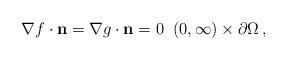
LaTeX: \begin{align*}\nabla f\cdot \mathbf{n} = \nabla g\cdot \mathbf{n} = 0 \;\; (0,\infty)\times \partial\Omega\,, \end{align*}